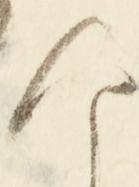
な